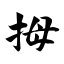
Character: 拇